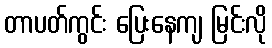
တာပတ်ကွင်း ပြေးနေကျ မြင်းလို